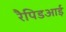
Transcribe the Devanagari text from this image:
रैपिडआई